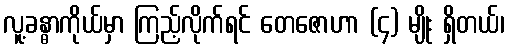
လူ့ခန္ဓာကိုယ်မှာ ကြည့်လိုက်ရင် တေဇောဟာ (၄) မျိုး ရှိတယ်၊